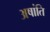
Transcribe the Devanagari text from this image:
अषांति